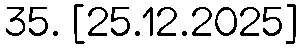
35. [25.12.2025]